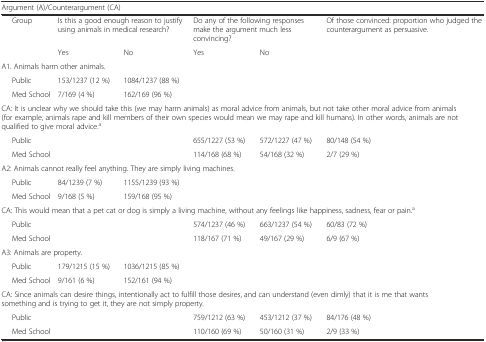
<table><thead><tr><td colspan="7"><b>Argument (A)/Counterargument (CA)</b></td></tr></thead><tbody><tr><td rowspan="2"></td><td rowspan="2">Group</td><td colspan="2">Is this a good enough reason to justify using animals in medical research?</td><td colspan="2">Do any of the following responses make the argument much less convincing?</td><td rowspan="2">Of those convinced: proportion who judged the counterargument as persuasive.</td></tr><tr><td>Yes</td><td>No</td><td>Yes</td><td>No</td></tr><tr><td colspan="7">A1. Animals harm other animals.</td></tr><tr><td rowspan="2"></td><td>Public</td><td>153/1237 (12 %)</td><td>1084/1237 (88 %)</td><td></td><td></td><td></td></tr><tr><td>Med School</td><td>7/169 (4 %)</td><td>162/169 (96 %)</td><td></td><td></td><td></td></tr><tr><td colspan="7">CA: It is unclear why we should take this (we may harm animals) as moral advice from animals, but not take other moral advice from animals (for example, animals rape and kill members of their own species would mean we may rape and kill humans). In other words, animals are not qualified to give moral advice.<sup>a</sup></td></tr><tr><td rowspan="2"></td><td>Public</td><td></td><td></td><td>655/1227 (53 %)</td><td>572/1227 (47 %)</td><td>80/148 (54 %)</td></tr><tr><td>Med School</td><td></td><td></td><td>114/168 (68 %)</td><td>54/168 (32 %)</td><td>2/7 (29 %)</td></tr><tr><td colspan="7">A2: Animals cannot really feel anything. They are simply living machines.</td></tr><tr><td rowspan="2"></td><td>Public</td><td>84/1239 (7 %)</td><td>1155/1239 (93 %)</td><td></td><td></td><td></td></tr><tr><td>Med School</td><td>9/168 (5 %)</td><td>159/168 (95 %)</td><td></td><td></td><td></td></tr><tr><td colspan="7">CA: This would mean that a pet cat or dog is simply a living machine, without any feelings like happiness, sadness, fear or pain.<sup>a</sup></td></tr><tr><td rowspan="2"></td><td>Public</td><td></td><td></td><td>574/1237 (46 %)</td><td>663/1237 (54 %)</td><td>60/83 (72 %)</td></tr><tr><td>Med School</td><td></td><td></td><td>118/167 (71 %)</td><td>49/167 (29 %)</td><td>6/9 (67 %)</td></tr><tr><td colspan="7">A3: Animals are property.</td></tr><tr><td rowspan="2"></td><td>Public</td><td>179/1215 (15 %)</td><td>1036/1215 (85 %)</td><td></td><td></td><td></td></tr><tr><td>Med School</td><td>9/161 (6 %)</td><td>152/161 (94 %)</td><td></td><td></td><td></td></tr><tr><td colspan="7">CA: Since animals can desire things, intentionally act to fulfill those desires, and can understand (even dimly) that it is me that wants something and is trying to get it, they are not simply property.</td></tr><tr><td rowspan="2"></td><td>Public</td><td></td><td></td><td>759/1212 (63 %)</td><td>453/1212 (37 %)</td><td>84/176 (48 %)</td></tr><tr><td>Med School</td><td></td><td></td><td>110/160 (69 %)</td><td>50/160 (31 %)</td><td>2/9 (33 %)</td></tr></tbody></table>